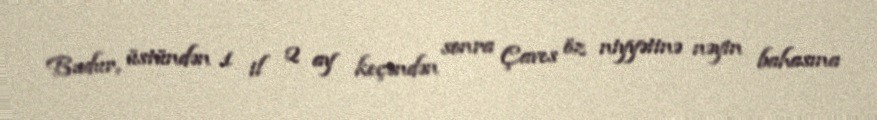
Budur, üstündən 1 il 2 ay keçəndən sonra Çaves öz niyyətinə nəyin bahasına